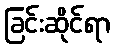
ခြင်းဆိုင်ရာ